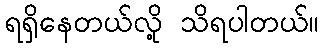
ရရှိနေတယ်လို့ သိရပါတယ်။